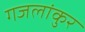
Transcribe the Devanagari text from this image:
गजलांकुर